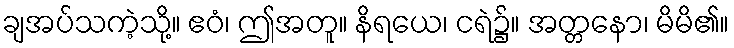
ချအပ်သကဲ့သို့။ ဧဝံ၊ ဤအတူ။ နိရယေ၊ ငရဲ၌။ အတ္တနော၊ မိမိ၏။